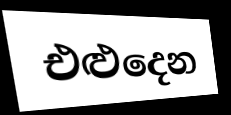
එළුදෙන